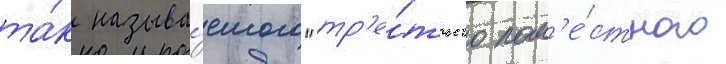
та́к называ́емого "тр'е́тьего пом'е́стного